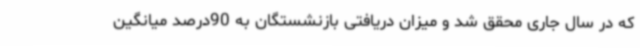
که در سال جاری محقق شد و میزان دریافتی بازنشستگان به 90درصد میانگین